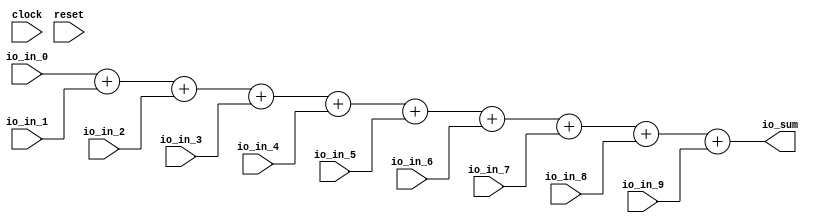
module FixedPointReduce( // @[:@3.2]
  input         clock, // @[:@4.4]
  input         reset, // @[:@5.4]
  input  [63:0] io_in_0, // @[:@6.4]
  input  [63:0] io_in_1, // @[:@6.4]
  input  [63:0] io_in_2, // @[:@6.4]
  input  [63:0] io_in_3, // @[:@6.4]
  input  [63:0] io_in_4, // @[:@6.4]
  input  [63:0] io_in_5, // @[:@6.4]
  input  [63:0] io_in_6, // @[:@6.4]
  input  [63:0] io_in_7, // @[:@6.4]
  input  [63:0] io_in_8, // @[:@6.4]
  input  [63:0] io_in_9, // @[:@6.4]
  output [63:0] io_sum // @[:@6.4]
);
  wire [63:0] _T_18 = $signed(io_in_0) + $signed(io_in_1); // @[FixedPointSpec.scala 16:28:@13.4]
  wire [63:0] _T_21 = $signed(_T_18) + $signed(io_in_2); // @[FixedPointSpec.scala 16:28:@16.4]
  wire [63:0] _T_24 = $signed(_T_21) + $signed(io_in_3); // @[FixedPointSpec.scala 16:28:@19.4]
  wire [63:0] _T_27 = $signed(_T_24) + $signed(io_in_4); // @[FixedPointSpec.scala 16:28:@22.4]
  wire [63:0] _T_30 = $signed(_T_27) + $signed(io_in_5); // @[FixedPointSpec.scala 16:28:@25.4]
  wire [63:0] _T_33 = $signed(_T_30) + $signed(io_in_6); // @[FixedPointSpec.scala 16:28:@28.4]
  wire [63:0] _T_36 = $signed(_T_33) + $signed(io_in_7); // @[FixedPointSpec.scala 16:28:@31.4]
  wire [63:0] _T_39 = $signed(_T_36) + $signed(io_in_8); // @[FixedPointSpec.scala 16:28:@34.4]
  assign io_sum = $signed(_T_39) + $signed(io_in_9); // @[FixedPointSpec.scala 16:28:@37.4]
endmodule